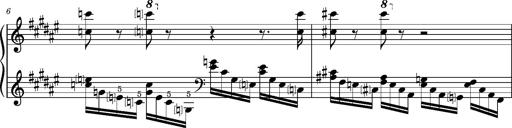
Title: Preludio â€” Allegro maestoso
Composer: Franz Liszt
Key: F-sharp major